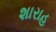
શારાહ